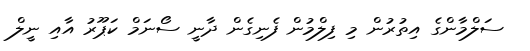
ސަލްމާންގެ އިތުރުން މި ފިލްމުން ފެނިގެން ދާނީ ސޯނަމް ކަޕޫރު އާއި ނީލް